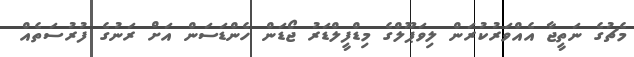
މެޗުގެ ނަތީޖާ އެއްވަރުކުރަން ލިވަޕޫލްގެ މިޑްފީލްޑަރު ޖޯޑަން ހެންޑަސަން އަށް ރަނުގެ ފުރުސަތެއް